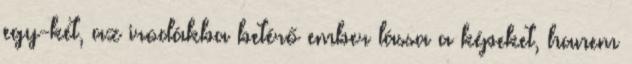
egy-két, az irodákba betérő ember lássa a képeket, hanem